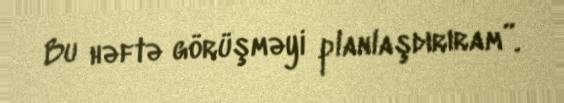
Bu həftə görüşməyi planlaşdırıram”.